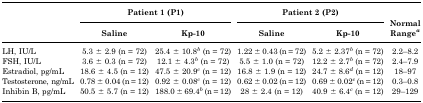
|  | <COLSPAN=2> Patient 1 (P1) | <COLSPAN=2> Patient 2 (P2) | <ROWSPAN=2> Normal Rangea |
 |  | Saline | Kp-10 | Saline | Kp-10 |
 | --- | --- | --- | --- | --- | --- |
 | LH, IU/L | 5.3 ± 2.9 (n = 72) | 25.4 ± 10.8b (n = 72) | 1.22 ± 0.43 (n = 72) | 5.2 ± 2.37b (n = 72) | 2.2–8.2 |
 | FSH, IU/L | 3.6 ± 0.3 (n = 72) | 12.1 ± 4.3b (n = 72) | 5.5 ± 1.0 (n = 72) | 12.2 ± 2.7b (n = 72) | 2.4–7.9 |
 | Estradiol, pg/mL | 18.6 ± 4.5 (n = 12) | 47.5 ± 20.9c (n = 12) | 16.8 ± 1.9 (n = 12) | 24.7 ± 8.6d (n = 12) | 18–97 |
 | Testosterone, ng/mL | 0.78 ± 0.04 (n = 12) | 0.92 ± 0.08c (n = 12) | 0.62 ± 0.02 (n = 12) | 0.69 ± 0.02c (n = 12) | 0.3–0.8 |
 | Inhibin B, pg/mL | 50.5 ± 5.7 (n = 12) | 188.0 ± 69.4b (n = 12) | 28 ± 2.4 (n = 12) | 40.9 ± 6.4c (n = 12) | 29–129 |